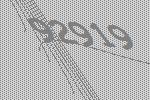
92919